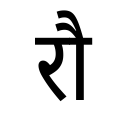
OCR:
रौ